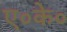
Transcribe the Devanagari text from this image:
ए०के०